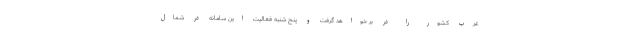
غرب کشور را در بر خواهد گرفت و پنج شنبه فعالیت این سامانه در شمال